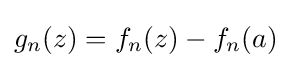
g_{n}(z)=f_{n}(z)-f_{n}(a)